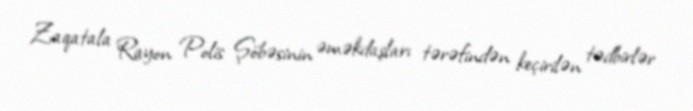
Zaqatala Rayon Polis Şöbəsinin əməkdaşları tərəfindən keçirilən tədbirlər